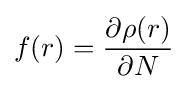
f(r)={\frac {\partial \rho (r)}{\partial N}}